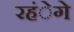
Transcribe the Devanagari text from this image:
रहंेगे